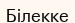
Білекке